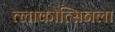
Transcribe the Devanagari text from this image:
त्लाकोत्सिनला